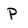
Character: P